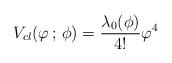
LaTeX: \begin{align*}V_{cl}(\varphi \, ; \, \phi)=\frac{\lambda_{0}(\phi)}{4!}\varphi ^4\end{align*}